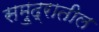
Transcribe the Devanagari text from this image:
समु्द्रातील